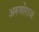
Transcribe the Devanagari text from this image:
अरुणोराज